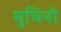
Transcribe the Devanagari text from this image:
मुचिनो